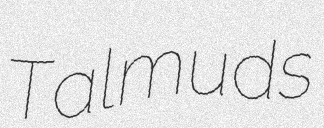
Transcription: Talmuds